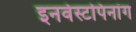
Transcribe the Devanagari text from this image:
इनवेस्टपिनांग